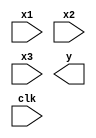
`timescale 1ns / 1ps
//////////////////////////////////////////////////////////////////////////////////
// Company: 
// Engineer: 
// 
// Design Name: 
// Module Name:    lab4dpath 
// Project Name: 
// Target Devices: 
// Tool versions: 
// Description: 
//
// Dependencies: 
//
// Revision: 
// Revision 0.01 - File Created
// Additional Comments: 
//
//////////////////////////////////////////////////////////////////////////////////
module lab4dpath(x1,x2,x3,y,clk);
input clk;
input [9:0] x1,x2,x3;
output [9:0] y;

 
 
endmodule